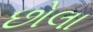
છોલા